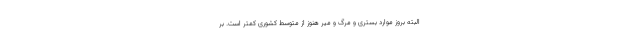
البته بروز موارد بستری و مرگ و میر هنوز از متوسط کشوری کمتر است. بر